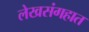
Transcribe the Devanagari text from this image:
लेखसंगहात